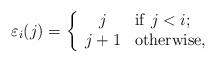
LaTeX: \begin{align*}\varepsilon_i(j)=\left\{\begin{array}{cl} j&\mathrm{if}\ j<i;\\ j+1&\mathrm{otherwise},\end{array}\right.\end{align*}